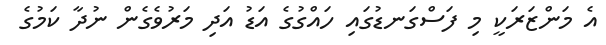
އެ މަންޒަރަކީ މި ފަސްގަނޑުގައި ހައްގުގެ އަޑު އަދި މަރުވެގެން ނުދާ ކަމުގެ